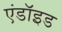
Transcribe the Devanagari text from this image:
एंडॉइड